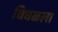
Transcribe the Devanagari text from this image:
चिघळला